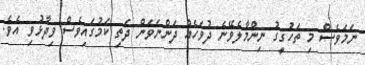
ނަމަވެސް މި ތަހުގީގު ނިންމާލެވޭނެ ދުވަހެއްް ދަންނަވަން ދަތި ކަމުގައިވެސް ވިދާޅުވި އެވެ.